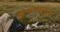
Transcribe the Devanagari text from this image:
कुंथण्यामुळे